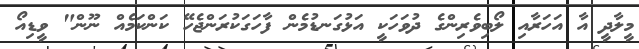
މީލާދީ އާ އަހަރާއި ލޯބިވެރިންގެ ދުވަހަކީ އަޅުގަނޑުމެން ފާހަގަކުރަންޖެހޭ ކަންކަމެއް ނޫން" ވީޑިއޯ